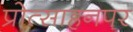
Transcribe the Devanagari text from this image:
प्रोत्साहनपर